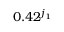
0 . 4 2 ^ { j _ { 1 } }